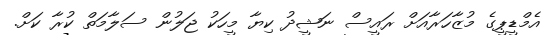
އެމްޑީޕީގެ މުޒާހަރާއަށް ރައީސް ނަޝީދު ކިޔާ މީހަކު ޖަލުން ސަލާމަތް ކުރާ ކަށް.